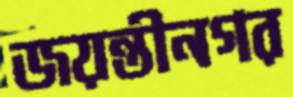
জয়ন্তীনগর